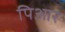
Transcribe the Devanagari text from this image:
पिआर